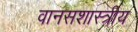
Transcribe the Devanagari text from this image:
वानसशास्त्रीय